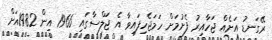
ރޭގަނޑު އަށެއް ޖަހާއިރު ފެށުމަށް ހަމަޖެހިފައިވާ އެ ޖަލްސާގައި 1966 އިން 1982އަށް